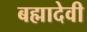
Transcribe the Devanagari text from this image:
बह्मादेवी